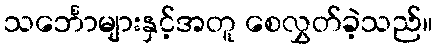
သင်္ဘောများနှင့်အတူ စေလွှတ်ခဲ့သည်။